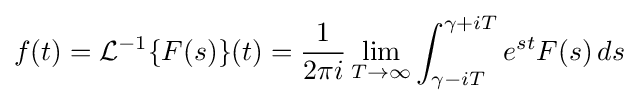
f(t)={\mathcal {L}}^{-1}\{F(s)\}(t)={\frac {1}{2\pi i}}\lim _{T\to \infty }\int _{\gamma -iT}^{\gamma +iT}e^{st}F(s)\,ds